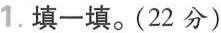
1.填一填。(22分)